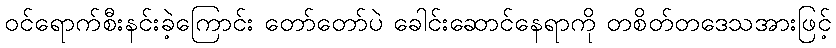
ဝင်ရောက်စီးနင်းခဲ့ကြောင်း တော်တော်ပဲ ခေါင်းဆောင်နေရာကို တစိတ်တဒေသအားဖြင့်